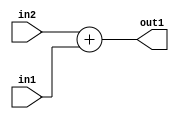
`timescale 1ps / 1ps
/*****************************************************************************
    Verilog RTL Description
    
    
    Created by: Stratus DpOpt 2019.1.01 
*******************************************************************************/

module SobelFilter_Add_12Ux12U_12U_4 (
	in2,
	in1,
	out1
	); /* architecture "behavioural" */ 
input [11:0] in2,
	in1;
output [11:0] out1;
wire [11:0] asc001;

assign asc001 = 
	+(in2)
	+(in1);

assign out1 = asc001;
endmodule

/* CADENCE  ubDxTgA= : u9/ySgnWtBlWxVPRXgAZ4Og= ** DO NOT EDIT THIS LINE ******/